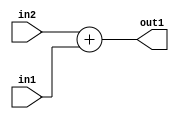
`timescale 1ps / 1ps
/*****************************************************************************
    Verilog RTL Description
    
    
    Created by: Stratus DpOpt 2019.1.01 
*******************************************************************************/

module SobelFilter_Add_12Ux12U_12U_4 (
	in2,
	in1,
	out1
	); /* architecture "behavioural" */ 
input [11:0] in2,
	in1;
output [11:0] out1;
wire [11:0] asc001;

assign asc001 = 
	+(in2)
	+(in1);

assign out1 = asc001;
endmodule

/* CADENCE  ubDxTgA= : u9/ySgnWtBlWxVPRXgAZ4Og= ** DO NOT EDIT THIS LINE ******/